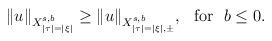
LaTeX: \begin{align*}\|u\|_{X^{s,b}_{|\tau|=|\xi|}}\geq\|u\|_{X_{|\tau|=|\xi|, \pm}^{s,b}},\ \ \mbox{for}\ \ b\leq0.\end{align*}